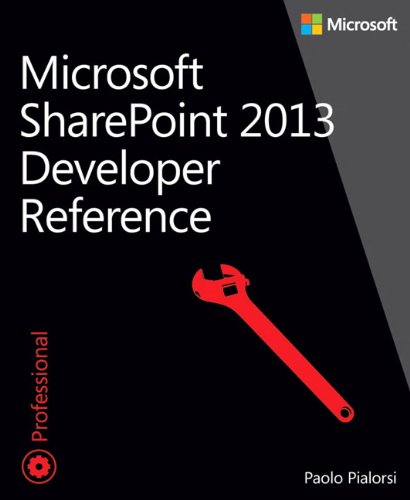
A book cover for Microsoft SharePoint 2013 Developer Reference; Paolo Pialorsi; Computers & Technology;